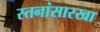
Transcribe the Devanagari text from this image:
स्तनांसारखा